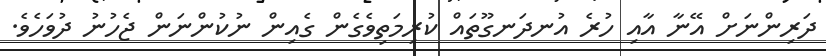
ދަރިންނަށް އޭނާ އާއި ހުރެ އުނދަނގޫތައް ކުރިމަތިވެގެން ގެއިން ނުކުންނަން ޖެހުނު ދުވަހެވެ.